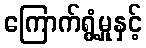
ကြောက်ရွံ့မှုနှင့်